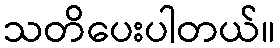
သတိပေးပါတယ်။